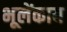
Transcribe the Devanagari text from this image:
भूलेंकाय